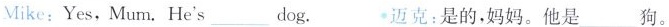
Mike:Yes,Mum.He's___dog. 迈克:是的,妈妈.他是 狗。